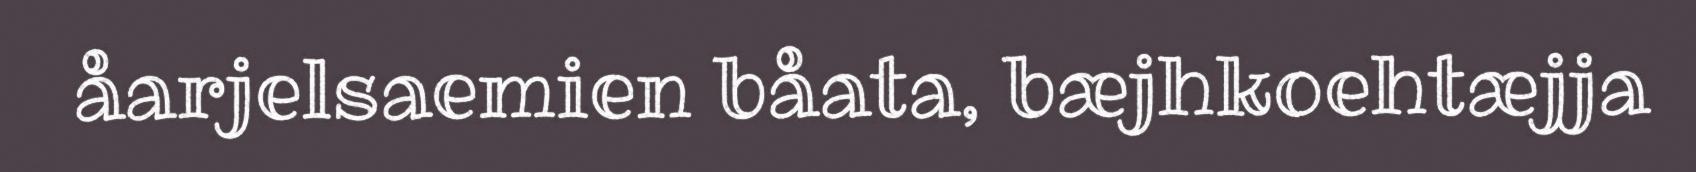
åarjelsaemien båata, bæjhkoehtæjja